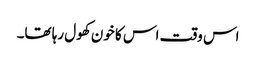
اس وقت اس کا خون کھول رہا تھا۔